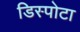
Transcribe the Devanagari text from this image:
डिस्पोटा